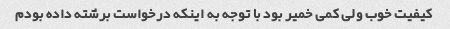
کیفیت خوب ولی کمی خمیر بود با توجه به اینکه درخواست برشته داده بودم